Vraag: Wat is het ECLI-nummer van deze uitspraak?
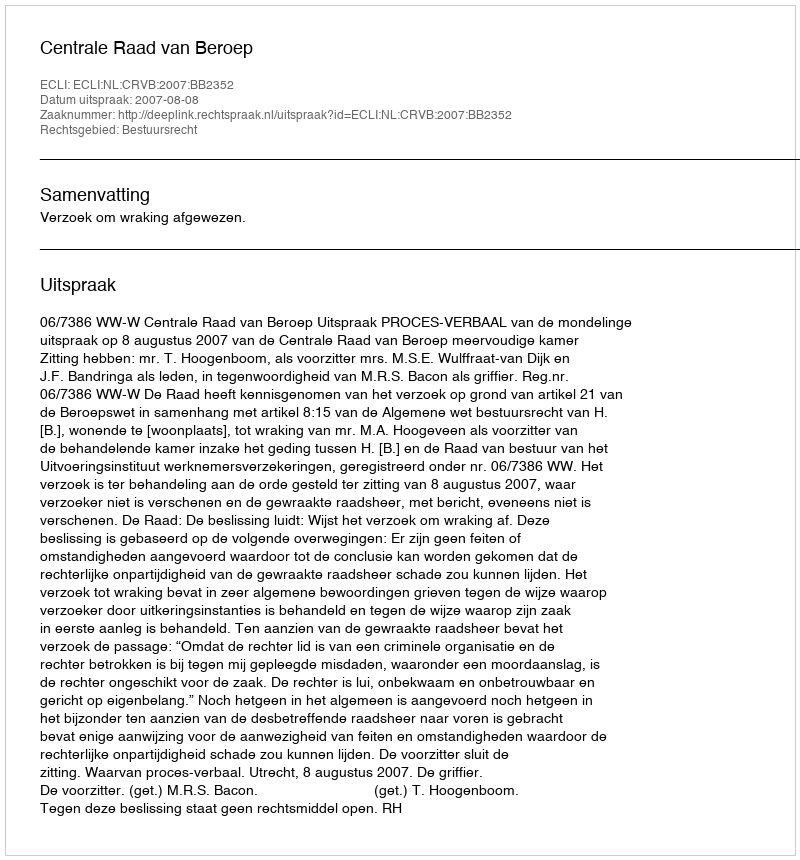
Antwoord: ECLI:NL:CRVB:2007:BB2352